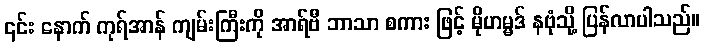
၎င်း နောက် ကုရ်အာန် ကျမ်းကြီးကို အာရ်ဗီ ဘာသာ စကား ဖြင့် မိုဟမ္မဒ် နဗုံသို့ ပြန်လာပါသည်။